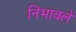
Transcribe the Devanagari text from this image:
निभावलें